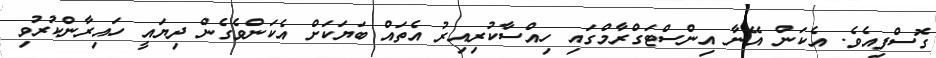
ގޮސްފިއެވެ. އެކަން އޭނާ އިންސްޓަގްރާމްގައި ހިއްސާކުރިއިރު އެތައް ބަޔަކަށް އެކަންވެގެން ދިޔައީ ހައިރާންކުރުވި